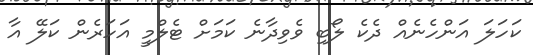
ކަހަލަ އަންހެނެއް ދެކެ ލޯބި ވެވިދާނެ ކަމަށް ޓެލްމީ އަހަރެން ކަލޭ އާ